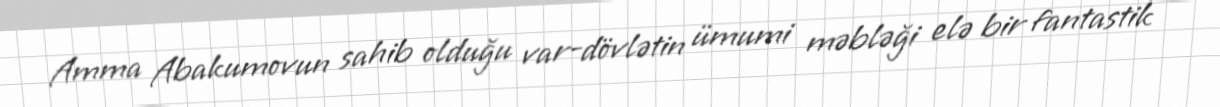
Amma Abakumovun sahib olduğu var-dövlətin ümumi məbləği elə bir fantastik